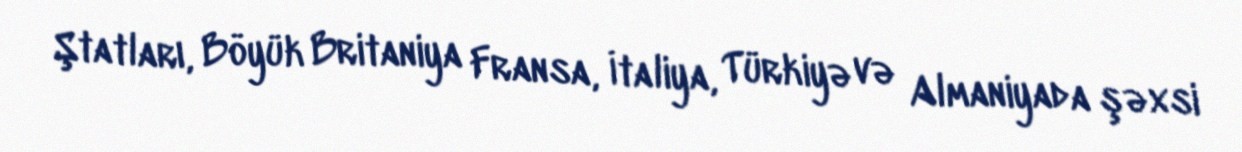
Ştatları, Böyük Britaniya Fransa, İtaliya, Türkiyə və Almaniyada şəxsi